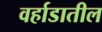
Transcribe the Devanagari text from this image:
वर्हाडातील